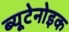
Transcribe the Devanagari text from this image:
ब्यूटेनोइक